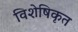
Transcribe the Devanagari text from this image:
विशेषिकृत